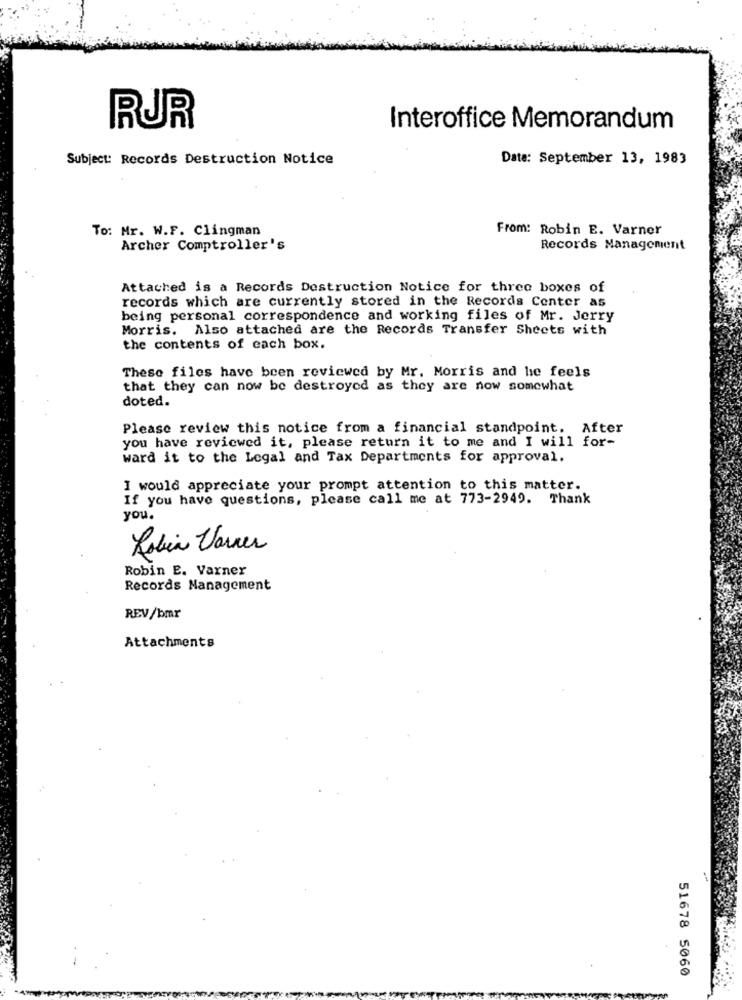
RJR
Interoffice Memorandum
Subject: Records Destruction Notice
Date: September 13, 1983
To: Mr. W.F. Clingman
From: Robin E. Varner
Archer Comptroller's
Records Management
Attached is a Records Destruction Notice for three boxes of
records which are currently stored in the Records Center as
being personal correspondence and working files of Mr. Jerry
Morris. Also attached are the Records Transfer Sheets with
the contents of each box.
These files have been reviewed by Mr. Morris and he feels
that they can now be destroyed as they are now somewhat
doted.
Please review this notice from a financial standpoint. After
you have reviewed it, please return it to me and I will for-
ward it to the Legal and Tax Departments for approval.
I would appreciate your prompt attention to this matter.
If you have questions, please call me at 773-2949. Thank
you.
Rabia Varner
Robin E. Varner
Records Management
REV/bmr
Attachments
51678 5060